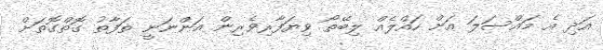
އަދި އެ މައްސަލަ އަށް ހައްލެއް ލިބޭތޯ ވިޔަފާރިވެރިން އަންނަނީ ތަފާތު ގޮތްގޮތަށް